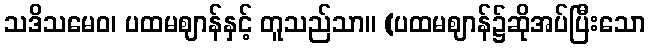
သဒိသမေဝ၊ ပထမဈာန်နှင့် တူသည်သာ။ (ပထမဈာန်၌ဆိုအပ်ပြီးသော